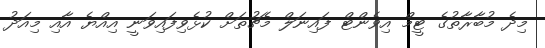
މިދެ މުބާރާތުގެ ޓީމް އިވެންޓް ފައިނަލް މެޗުތަށް ކުޅެވިފައިވަނީ އިއްޔެ އާއި މިއަދު